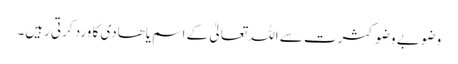
وضو بے وضو کثرت سے اللہ تعالیٰ کے اسم یاھادی کا ورد کرتی رہیں۔